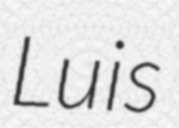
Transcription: Luis